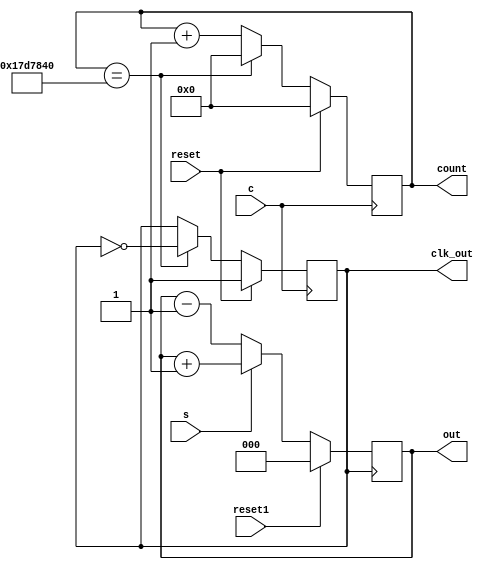
`timescale 1ns / 1ps
//////////////////////////////////////////////////////////////////////////////////
// Company: 
// Engineer: 
// 
// Design Name: 
// Module Name:    up_down_counter 
// Project Name: 
// Target Devices: 
// Tool versions: 
// Description: 
//
// Dependencies: 
//
// Revision: 
// Revision 0.01 - File Created
// Additional Comments: 
//
//////////////////////////////////////////////////////////////////////////////////
module up_down_counter(
	 output reg [24:0] count,
    output reg [2:0] out,
	 output reg clk_out,
	 input reset,
	 input reset1,
	 input s,
	 input c
    );
	 
always@(negedge c)
begin
	if(reset)
		begin
		count <= 0;
		clk_out <=1;
		end
	else begin
		if(count == 25000000)
		begin
		count <=0;
		clk_out <= ~clk_out;
		end
	else
		begin
		count <= count+1;
		end
	end
end
always@(negedge clk_out)
begin
	if(reset1)
		begin
		out <= 0;
		end
	else begin
		if(s)
		begin
		out <=out+1;
		end
	else
		begin
		out <= out-1;
		end
	end
end
endmodule